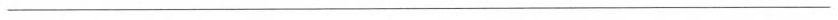
___